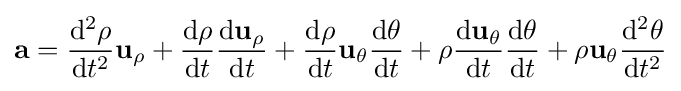
\mathbf {a} ={\frac {\mathrm {d} ^{2}\rho }{\mathrm {d} t^{2}}}\mathbf {u} _{\rho }+{\frac {\mathrm {d} \rho }{\mathrm {d} t}}{\frac {\mathrm {d} \mathbf {u} _{\rho }}{\mathrm {d} t}}+{\frac {\mathrm {d} \rho }{\mathrm {d} t}}\mathbf {u} _{\theta }{\frac {\mathrm {d} \theta }{\mathrm {d} t}}+\rho {\frac {\mathrm {d} \mathbf {u} _{\theta }}{\mathrm {d} t}}{\frac {\mathrm {d} \theta }{\mathrm {d} t}}+\rho \mathbf {u} _{\theta }{\frac {\mathrm {d} ^{2}\theta }{\mathrm {d} t^{2}}}